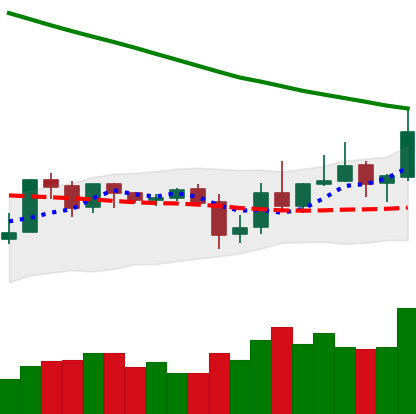
Ticker: XLM-USD
Chart end date: 2019-11-01
Forward return: 13.295%
Label: up_7plus